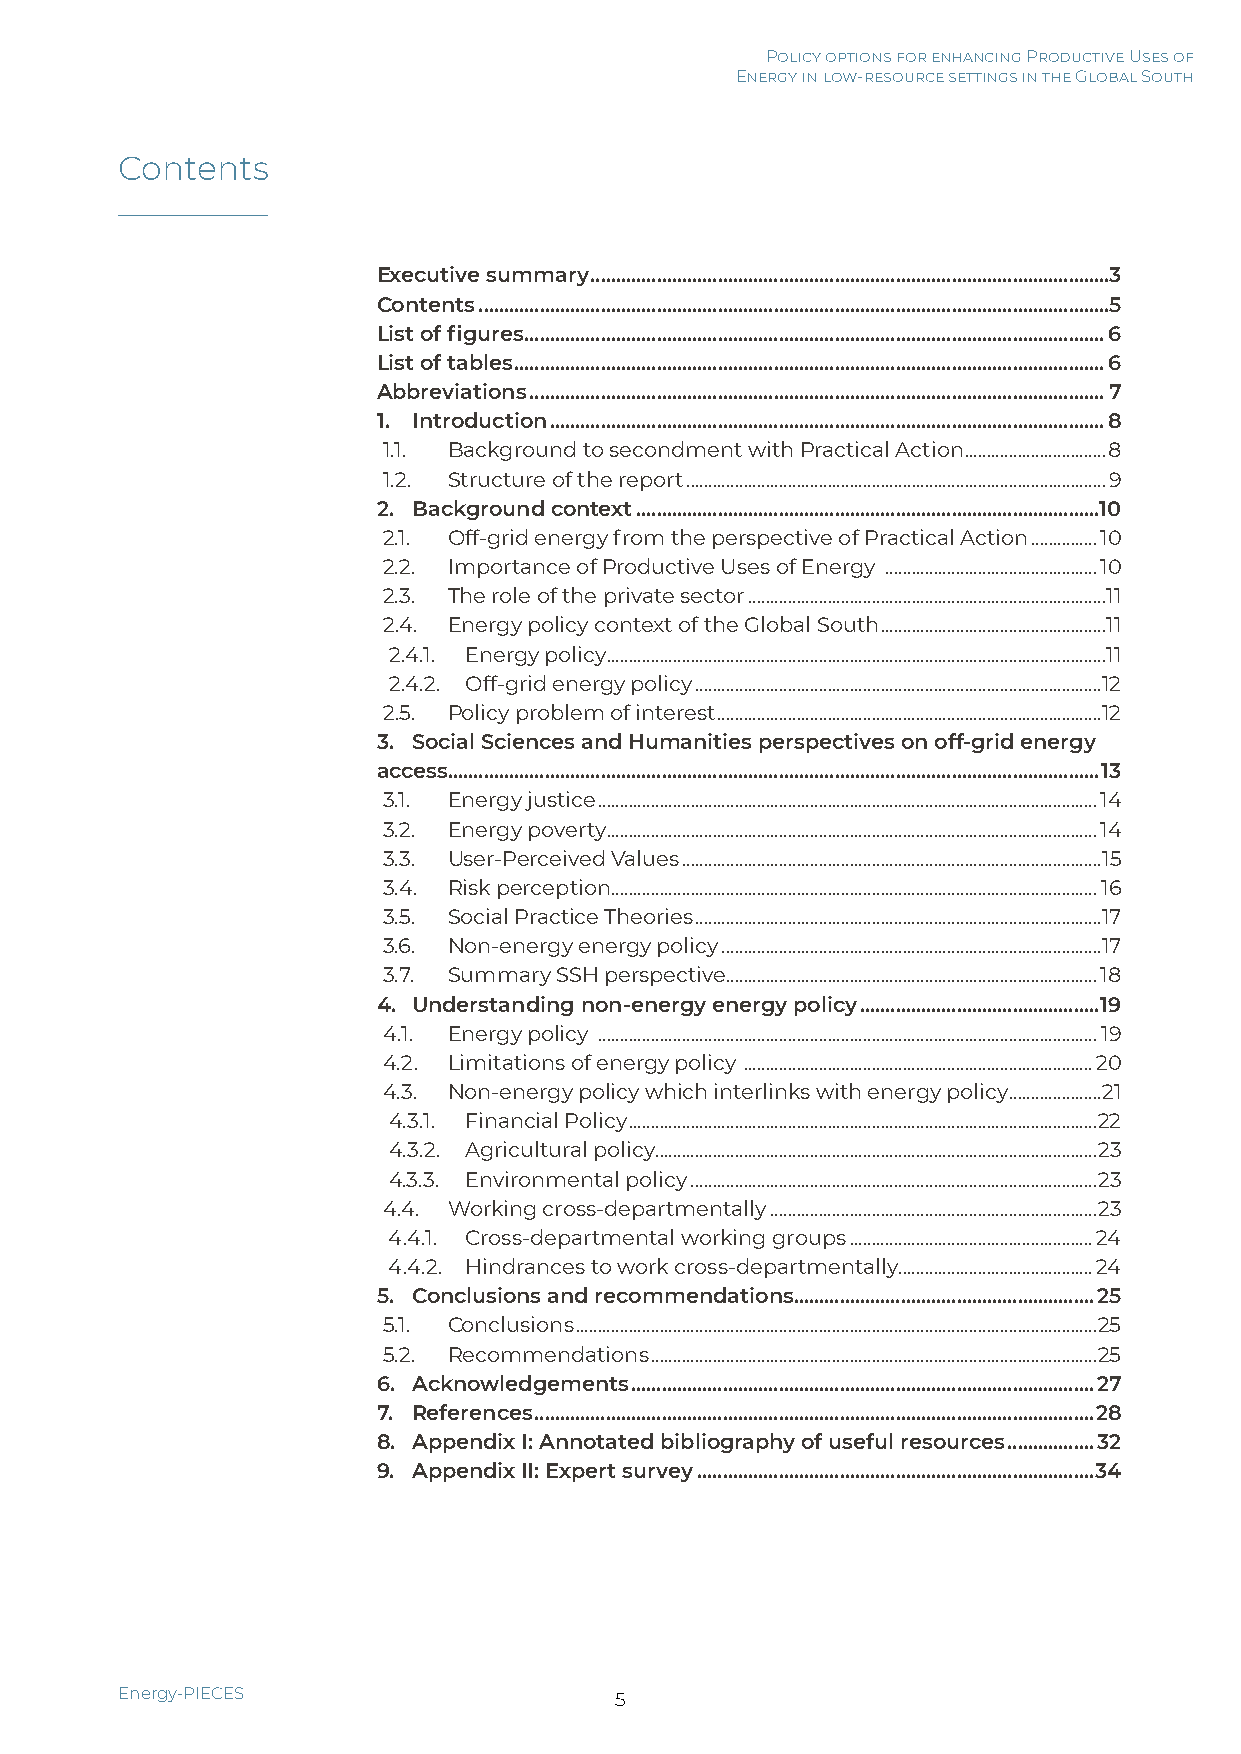
Policy options for enhancing Productive Uses of
 Energy in low-resource settings in the Global South
 Contents
 Executive summary ......................................................................................................3
 Contents ............................................................................................................................5
 List of figures ..................................................................................................................6
 List of tables ....................................................................................................................6
 Abbreviations .................................................................................................................7
 1. Introduction .............................................................................................................8
 1.1. Background to secondment with Practical Action ................................8
 1.2. Structure of the report ...............................................................................................9
 2. Background context ...........................................................................................10
 2.1. Off-grid energy from the perspective of Practical Action ...............10
 2.2. Importance of Productive Uses of Energy ................................................10
 2.3. The role of the private sector .................................................................................11
 2.4. Energy policy context of the Global South ...................................................11
 2.4.1. Energy policy .................................................................................................................11
 2.4.2. Off-grid energy policy ............................................................................................12
 2.5. Policy problem of interest .......................................................................................12
 3. Social Sciences and Humanities perspectives on off-grid energy
 access ................................................................................................................................13
 3.1. Energy justice .................................................................................................................14
 3.2. Energy poverty ...............................................................................................................14
 3.3. User-Perceived Values ...............................................................................................15
 3.4. Risk perception ..............................................................................................................16
 3.5. Social Practice Theories ............................................................................................17
 3.6. Non-energy energy policy ......................................................................................17
 3.7. Summary SSH perspective....................................................................................18
 4. Understanding non-energy energy policy ...............................................19
 4.1. Energy policy .................................................................................................................19
 4.2. Limitations of energy policy ...............................................................................20
 4.3. Non-energy policy which interlinks with energy policy .....................21
 4.3.1. Financial Policy ..........................................................................................................22
 4.3.2. Agricultural policy ....................................................................................................23
 4.3.3. Environmental policy ............................................................................................23
 4.4. Working cross-departmentally ..........................................................................23
 4.4.1. Cross-departmental working groups .......................................................24
 4.4.2. Hindrances to work cross-departmentally............................................24
 5. Conclusions and recommendations ...........................................................25
 5.1. Conclusions ......................................................................................................................25
 5.2. Recommendations .....................................................................................................25
 6. Acknowledgements ...........................................................................................27
 7. References ..............................................................................................................28
 8. Appendix I: Annotated bibliography of useful resources .................32
 9. Appendix II: Expert survey ..............................................................................34
 Energy-PIECES                    5